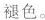
褪色。